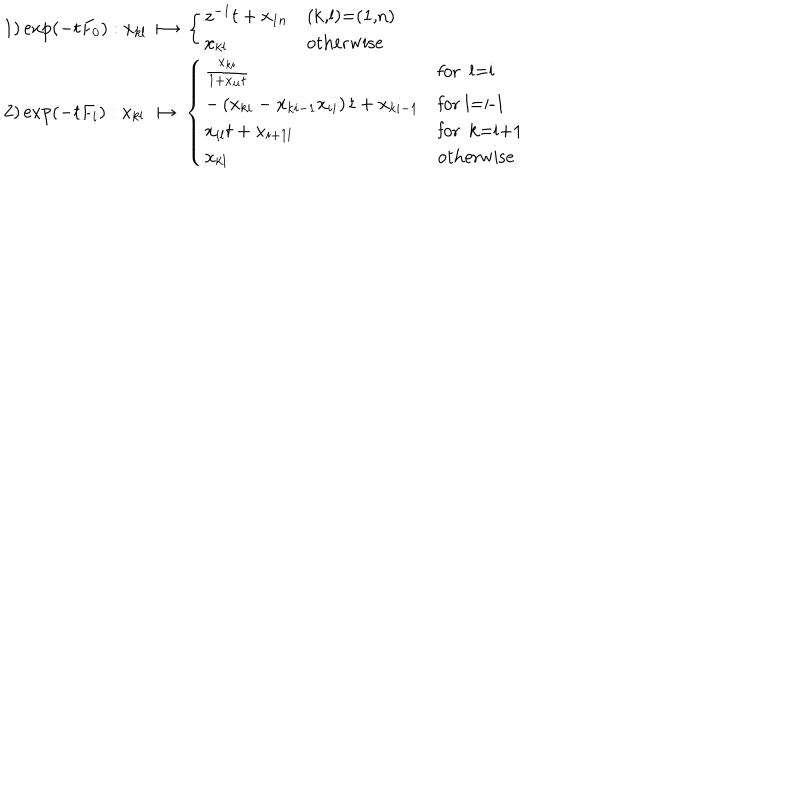
\begin{array} { l } { { 1 ) \exp ( - t F _ { 0 } ) : x _ { k l } \longmapsto \left\{ \begin{array} { l l } { { z ^ { - 1 } t + x _ { 1 n } } } & { { \mathrm { ( k , l ) = ( 1 , n ) } } } \\ { { x _ { k l } } } & { { \mathrm { o t h e r w i s e } } } \\ \end{array} \right. } } \\ { { 2 ) \exp ( - t F _ { i } ) : x _ { k l } \longmapsto \left\{ \begin{array} { l l } { { \frac { x _ { k i } } { 1 + x _ { i i } t } } } & { { \mathrm { f o r ~ l = i ~ } } } \\ { { - \left( x _ { k i } - x _ { k i - 1 } x _ { i i } \right) t + x _ { k i - 1 } } } & { { \mathrm { f o r ~ l = i - 1 ~ } } } \\ { { x _ { i l } t + x _ { i + 1 l } } } & { { \mathrm { f o r ~ k = i + 1 ~ } } } \\ { { x _ { k l } } } & { { \mathrm { o t h e r w i s e } } } \\ \end{array} \right. } } \\ \end{array}